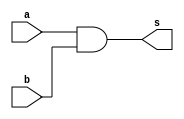
//TRUTH TABLE
 //Nome: Frederico Malaquias Caldeira
 // ---------------------

 module f5a ( output s,
 input a,
 input b );
 xor XOR1 ( xnor_a, a );
 and AND1 ( s, xnor_a, b );
endmodule 

module f5b ( output s,
 input a,
 input b );

 assign s = a & b;
endmodule // f5b
module test_f5;
// ------------------------- definir dados
 reg x;
 reg y;
 wire a, b;
 f5a moduloA ( a, x, y );
 f5b moduloB ( b, x, y );
// ------------------------- parte principal
 initial
 begin : main
 $display("Exemplo_0505 - Frederico_Malaquias - 05/03/22");
 $display("Test module");
 $display(" x y a b");
 // projetar testes do modulo
 $monitor("%4b %4b %4b %4b", x, y, a, b);
 x = 1'b0; y = 1'b0;
 #1 x = 1'b0; y = 1'b1;
 #1 x = 1'b1; y = 1'b0;
 #1 x = 1'b1; y = 1'b1;
 end
endmodule 

/* previsao de testes 
Test module
 x y a b
   0    0    0    0
   0    1    0    0
   1    0    0    0
   1    1    1    1
*/
/*
  Codigo testado usando apenas as portas XOR

 Test module
 x y a b
   0    0    0    0
   0    1    0    0
   1    0    0    0
   1    1    1    1

   */